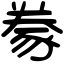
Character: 豢